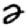
Digit: 2